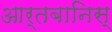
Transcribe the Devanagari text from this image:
आर्तबानिस्